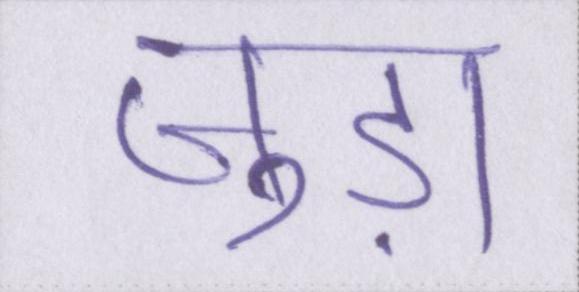
जुड़ा